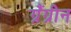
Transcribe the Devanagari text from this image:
ग्रैंग्रीन